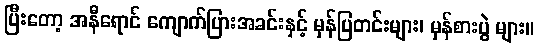
ပြီးတော့ အနီရောင် ကျောက်ပြားအခင်းနှင့် မှန်ပြတင်းများ၊ မှန်စားပွဲ များ။